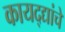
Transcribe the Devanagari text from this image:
कायद्द्यांचे